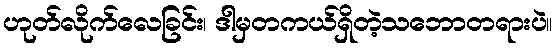
ဟုတ်လိုက်လေခြင်း၊ ဒါမှတကယ်ရှိတဲ့သဘောတရားပဲ။